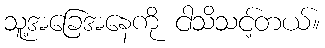
သူ့အခြေအနေကို ငါသိသင့်တယ်။